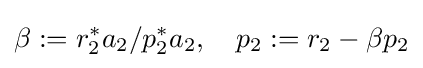
\beta :=r_{2}^{*}a_{2}/p_{2}^{*}a_{2},\quad p_{2}:=r_{2}-\beta p_{2}